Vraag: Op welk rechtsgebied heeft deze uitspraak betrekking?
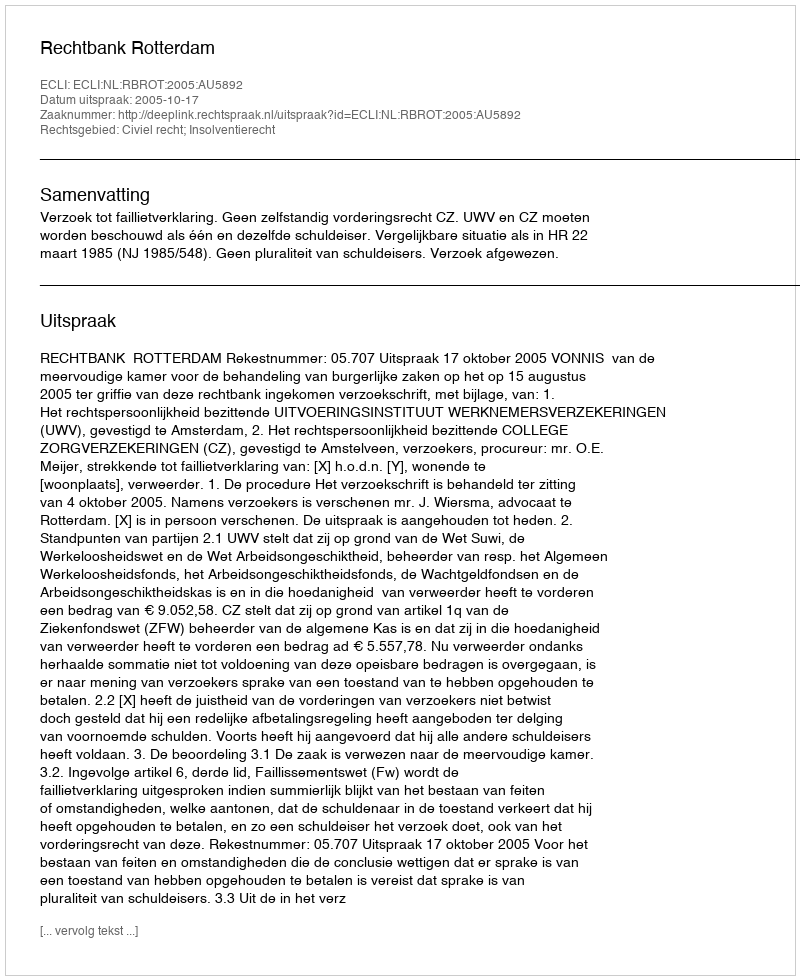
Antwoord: Civiel recht; Insolventierecht